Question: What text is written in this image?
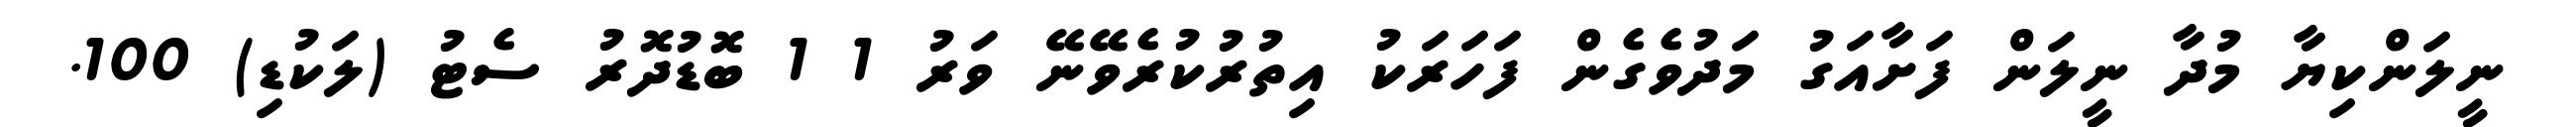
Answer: ނީލަންކިޔާ މުދާ ނީލަން ފަށާއަގު މަދުވެގެން ފަހަރަކު އިތުރުކުރެވޭނޭ ވަރު 1 1 ބޮޑުދޮރު ސެޓު (ލަކުޑި) 100.